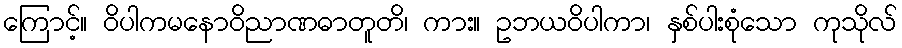
ကြောင့်။ ဝိပါကမနောဝိညာဏဓာတူတိ၊ ကား။ ဥဘယဝိပါကာ၊ နှစ်ပါးစုံသော ကုသိုလ်